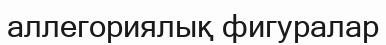
аллегориялық фигуралар